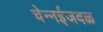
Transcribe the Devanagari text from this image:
चेन्‍नईजवळ